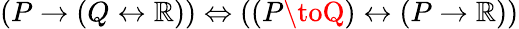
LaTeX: (P\to(Q\leftrightarrow\mathbb{R}))\Leftrightarrow((P\toQ)\leftrightarrow(P\to\mathbb{R}))